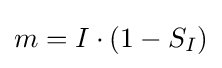
m=I\cdot (1-S_{I})